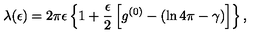
\lambda ( \epsilon ) = 2 \pi \epsilon \left\{ 1 + \frac { \epsilon } { 2 } \left[ g ^ { ( 0 ) } - \left( \ln 4 \pi - \gamma \right) \right] \right\} ,